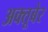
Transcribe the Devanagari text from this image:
अक्तूबेर